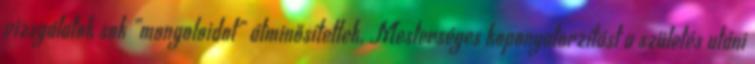
vizsgálatok sok „mongoloidot” átminősítettek. Mesterséges koponyatorzítást a születés utáni